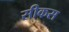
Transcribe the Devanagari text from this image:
सीकस